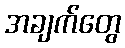
အချက်တွေ